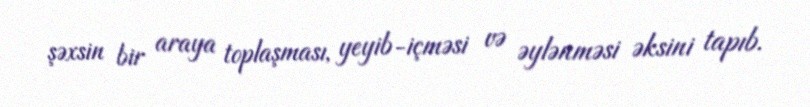
şəxsin bir araya toplaşması, yeyib-içməsi və əylənməsi əksini tapıb.